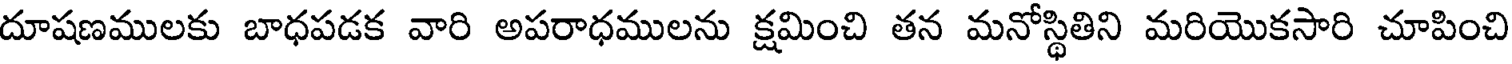
దూషణములకు బాధపడక వారి అపరాధములను క్షమించి తన మనోస్థితిని మరియొకసారి చూపించి